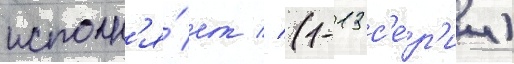
исполн'я́ет // (1-13 с'е́р'ии)